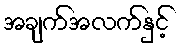
အချက်အလက်နှင့်